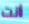
أانت